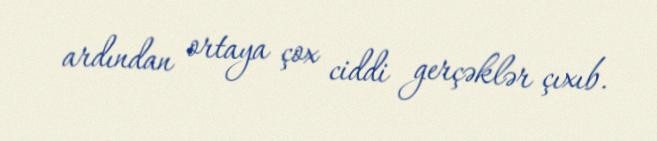
ardından ortaya çox ciddi gerçəklər çıxıb.